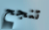
تنجح